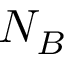
N _ { B }